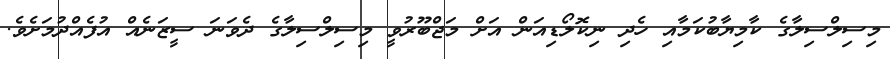
މިސިލްސިލާގެ ކާމިޔާބުކަމާއި ހެދި ނިކޮލޯޑިއަން އަށް މަޖްބޫރުވީ މިސިލްސިލާގެ ދެވަނަ ސީޒަނެއް އުފެއްދުމަށެވެ.